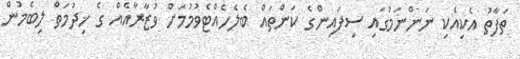
ތަފާތު އެކިއެކި ނަންނަމުގައި ސިފައިންގެ ކަންތައް ބެލެހެއްޓެވުމުމަށް ވުޒާރާއެއް ގެ ޚިދުމަތް ލިބެމުން